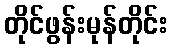
တိုင်ဖွန်းမုန်တိုင်း